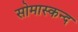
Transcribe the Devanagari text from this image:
सोमास्कन्द